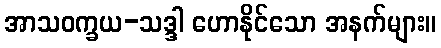
အာသဝက္ခယ-သဒ္ဒါ ဟောနိုင်သော အနက်များ။